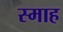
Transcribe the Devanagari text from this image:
स्माह